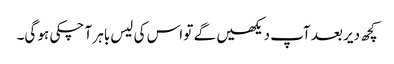
کچھ دیر بعد آپ دیکھیں گے تو اس کی لیس باہر آ چکی ہو گی۔